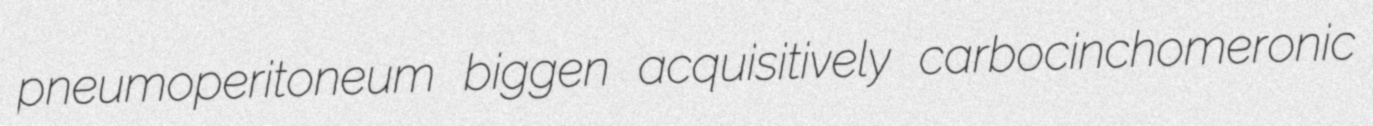
pneumoperitoneum biggen acquisitively carbocinchomeronic